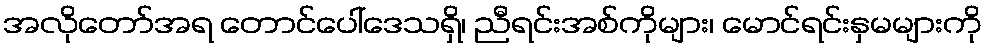
အလိုတော်အရ တောင်ပေါ်ဒေသရှိ၊ ညီရင်းအစ်ကိုများ၊ မောင်ရင်းနှမများကို